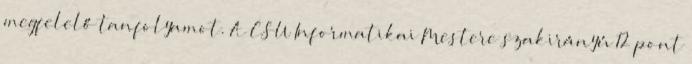
megfelelő tanfolyamot. A CSU Informatikai Mestere szakirányú 12 pont